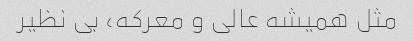
مثل همیشه عالی و معرکه، بی نظیر